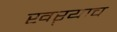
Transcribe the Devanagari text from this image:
खऱ्याच